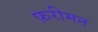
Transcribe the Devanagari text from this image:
फ़रीमन